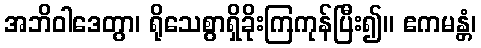
အဘိဝါဒေတွာ၊ ရိုသေစွာရှိခိုးကြကုန်ပြီး၍။ ဧကမန္တံ၊